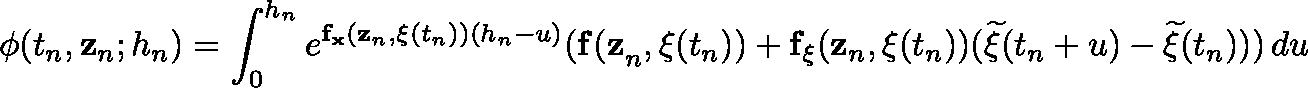
\mathbf { \phi } ( t _ { n } , \mathbf { z } _ { n } ; h _ { n } ) = \int _ { 0 } ^ { h _ { n } } e ^ { \mathbf { f } _ { \mathbf { x } } ( \mathbf { z } _ { n } , \mathbf { \xi } ( t _ { n } ) ) ( h _ { n } - u ) } ( \mathbf { f ( z } _ { n } , \mathbf { \xi } ( t _ { n } ) ) + \mathbf { f } _ { \mathbf { \xi } } ( \mathbf { z } _ { n } , \mathbf { \xi } ( t _ { n } ) ) ( { \widetilde { \mathbf { \xi } } } ( t _ { n } + u ) - { \widetilde { \mathbf { \xi } } } ( t _ { n } ) ) ) \, d u